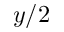
y / 2